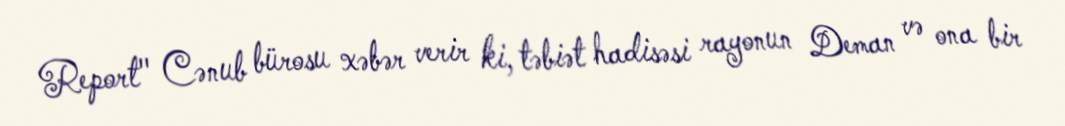
Report" Cənub bürosu xəbər verir ki, təbiət hadisəsi rayonun Deman və ona bir